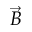
\Vec { B }